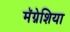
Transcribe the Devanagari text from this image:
मॅग्नेशिया